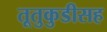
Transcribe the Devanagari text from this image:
तूतुकुडीसह